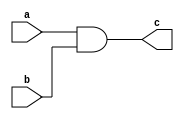
module And_gare_data_flow(a,b,c);
    input a;
    input b;
    output c;
assign c = a&b;


endmodule